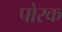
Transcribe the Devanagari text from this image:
पोरक